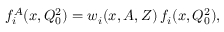
f _ { i } ^ { A } ( x , Q _ { 0 } ^ { 2 } ) = w _ { i } ( x , A , Z ) \, f _ { i } ( x , Q _ { 0 } ^ { 2 } ) ,